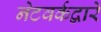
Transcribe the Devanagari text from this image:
नेटवर्कद्वारे